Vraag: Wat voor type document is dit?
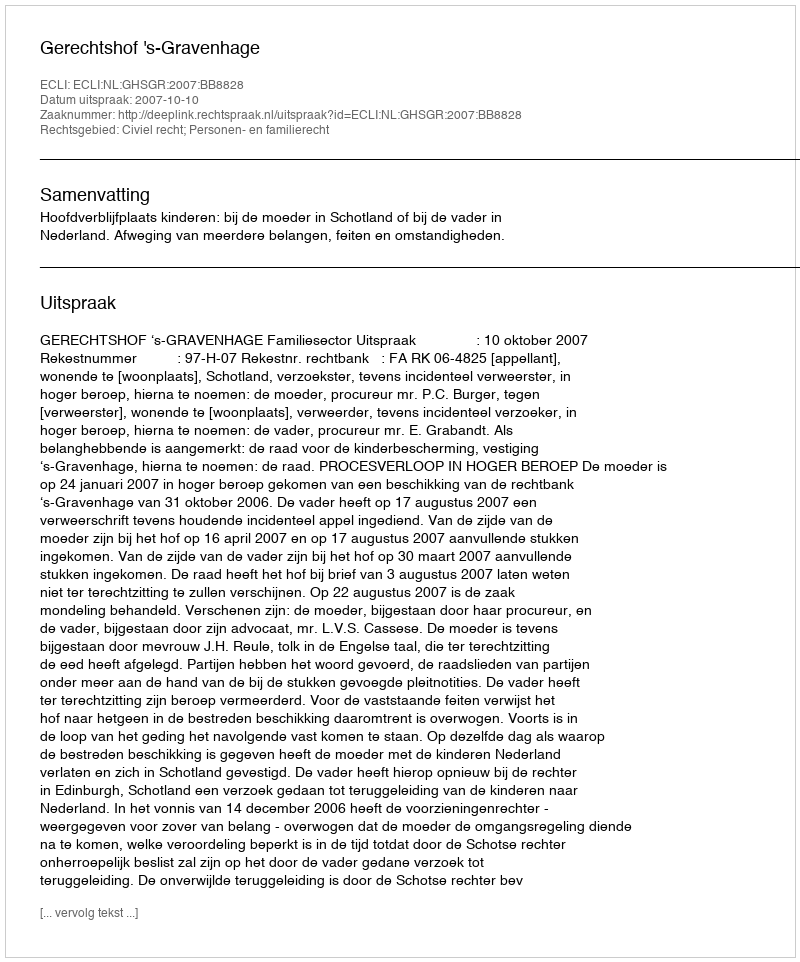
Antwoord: Uitspraak